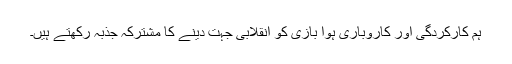
ہم کارکردگی اور کاروباری ہوا بازی کو انقلابی جہت دینے کا مشترکہ جذبہ رکھتے ہیں۔